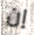
إن